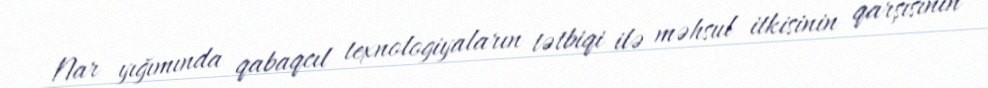
Nar yığımında qabaqcıl texnologiyaların tətbiqi ilə məhsul itkisinin qarşısının